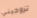
تزوجيني